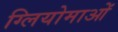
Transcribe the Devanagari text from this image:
ग्लियोमाओं